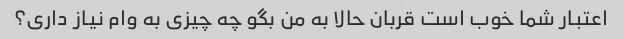
اعتبار شما خوب است قربان حالا به من بگو چه چیزی به وام نیاز داری؟